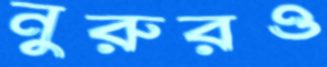
নুরুরও